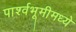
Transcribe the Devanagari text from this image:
पार्श्वभूमीमध्ये